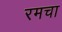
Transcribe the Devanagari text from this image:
रमचा